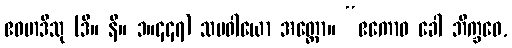
ဧဝမာဒီသု (ဒီ။ နိ။ ၁။၄၄၇) သမဝါယော အတ္ထော။ “ဧကောဝ ခေါ ဘိက္ခဝေ,